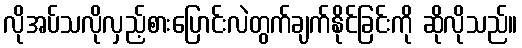
လိုအပ်သလိုလှည့်စားပြောင်းလဲတွက်ချက်နိုင်ခြင်းကို ဆိုလိုသည်။